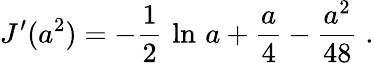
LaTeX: J^{\prime}(a^{2})=-{\frac{1}{2}}\, \ln\, a+{\frac{a}{4}}-{\frac{a^{2}}{48}}\; .